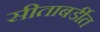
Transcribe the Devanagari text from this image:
सीताबर्डीत